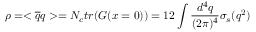
\rho = < \overline { { { q } } } q > = N _ { c } t r ( G ( x = 0 ) ) = 1 2 \int \frac { d ^ { 4 } q } { ( 2 \pi ) ^ { 4 } } \sigma _ { s } ( q ^ { 2 } )